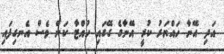
އަދި އޭނާ ހައްޔަރު ކުރީ އޭނާގެ ގޭގައި ހުއްޓާ ކަން ވެސް އެނގިފައި